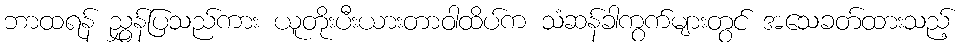
ဘာထရန် ညွှန်ပြသည်ကား ယူတိုးပီးယားတာဝါထိပ်က သံဆန်ခါကွက်များတွင် အသေခတ်ထားသည့်